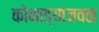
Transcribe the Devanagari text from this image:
कोनाड्यांजवळ